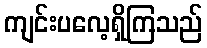
ကျင်းပလေ့ရှိကြသည်